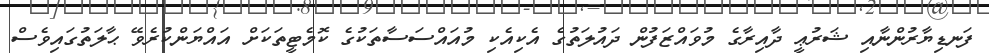
ފަނޑިޔާރުންނާއި ޝަރުޢީ ދާއިރާގެ މުވައްޒަފުން ދައުލަތުގެ އެކިއެކި މުއައްސަސާތަކުގެ ކޮމެޓީތަކަށް އައްޔަންކުރެވޭ ޙާލަތުގައިވެސް